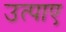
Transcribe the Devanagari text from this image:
उत्पाए